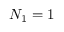
N _ { 1 } = 1